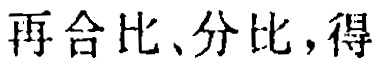
再合比、分比，得